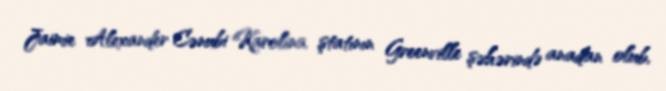
Jaimie Alexander Cənubi Karolina ştatının Greenville şəhərində anadan olub,